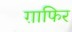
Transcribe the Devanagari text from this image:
ग़ाफिर